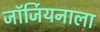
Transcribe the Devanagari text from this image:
जॉर्जियनाला